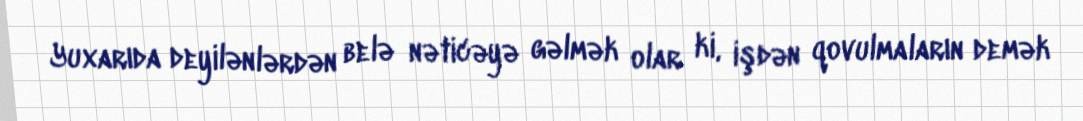
Yuxarıda deyilənlərdən belə nəticəyə gəlmək olar ki, işdən qovulmaların demək